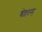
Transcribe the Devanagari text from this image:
श्रेष्ठतम्